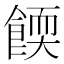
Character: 餪